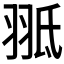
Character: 𦐠